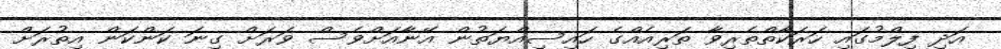
އަދި ފިލްމުގައި ހަރަކާތްތެރިވާ ތަރިއެއްގެ ހައިސިއްޔަތުން އޭނާއަށްވެސް ވަރަށް ގިނަ ކަންކަން އިތުރަށް